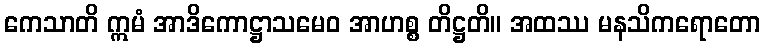
ကေသာတိ ဣမံ အာဒိကောဋ္ဌာသမေဝ အာဟစ္စ တိဋ္ဌတိ။ အထဿ မနသိကရောတော